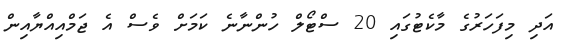
އަދި މިފަހަރުގެ މާކެޓުގައި 20 ސްޓޯލް ހުންނާނެ ކަމަށް ވެސް އެ ޖަމްއިއްޔާއިން